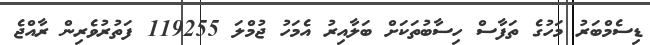
ޑިސެމްބަރު މަހުގެ ތަފާސް ހިސާބުތަކަށް ބަލާއިރު އެމަހު ޖުމްލަ 119255 ފަތުރުވެރިން ރާއްޖެ